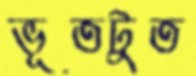
ভূতটুত